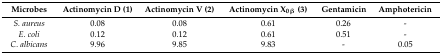
| Microbes | Actinomycin D (1) | Actinomycin V (2) | Actinomycin X0β (3) | Gentamicin | Amphotericin |
 | --- | --- | --- | --- | --- | --- |
 | S. aureus | 0.08 | 0.08 | 0.61 | 0.26 | - |
 | E. coli | 0.12 | 0.12 | 0.61 | 0.51 | - |
 | C. albicans | 9.96 | 9.85 | 9.83 | - | 0.05 |